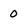
Character: 0